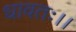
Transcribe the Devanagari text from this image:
धावतः।।